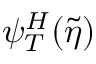
\psi _ { T } ^ { H } ( \tilde { \eta } )